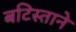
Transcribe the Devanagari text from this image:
बटिस्ताने